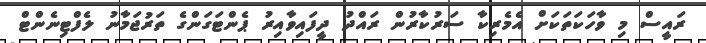
ރައީސް މި ވާހަކަތަކަށް އެމެރިކާ ސަރުކާރުން ރައްދު ދީފައިވާއިރު ޕެންޓަގަންގެ ތަރުޖަމާނު ލެފްޓިނެންޓް